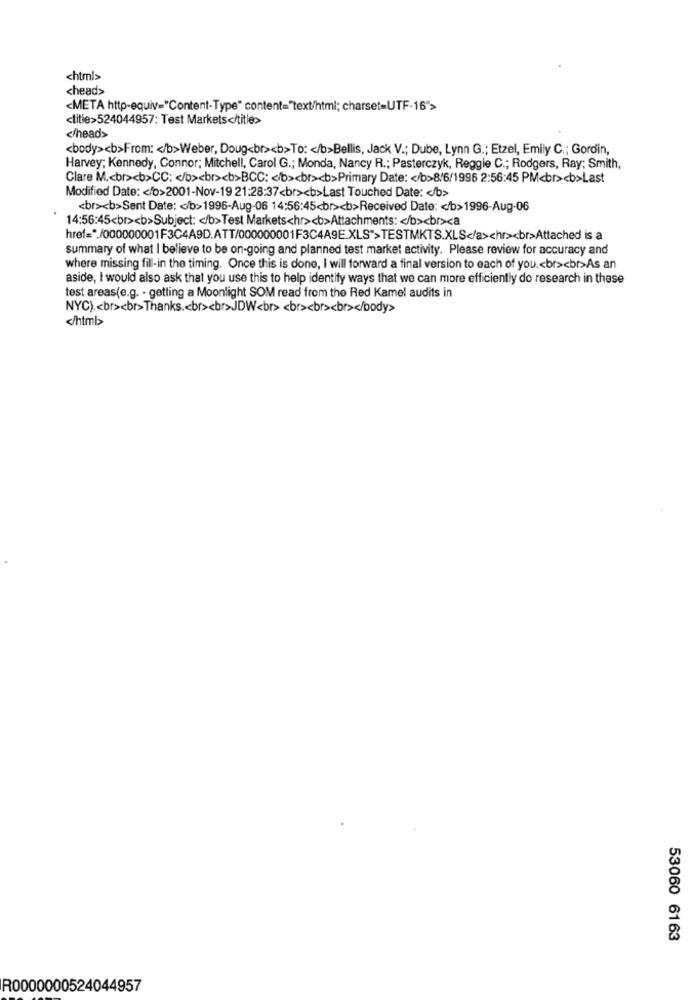
<html>
<head>
<META http-equiv="Content-Type" content="text/html; charset=UTF-16">
<title>524044957: Test Markets</title>
</head>
<body><b>From: < /b>Weber, Doug<br><b>To: < /b>Bellis, Jack V .; Dube, Lynn G .; Etzel, Emily C .; Gordin,
Harvey; Kennedy, Connor; Mitchell, Carol G .; Monda, Nancy R .; Pasterczyk, Reggie C .; Rodgers, Ray; Smith,
Clare M .< br><b>CC: < /b><br><b>BCC: < /b><br><b>Primary Date: < /b>8/6/1996 2:56:45 PM<br><b>Last
Modified Date: < fo>2001-Nov-19 21:28:37<br><b>Last Touched Date: < /b>
<br><b>Sent Date: < b>1996-Aug-06 14:56:45<br><b>Received Date: < /b>1996-Aug-06
14:56:45<br><b>Subject: < /b>Test Markets<hr><b>Attachments: < /b><br><a
summary of what I believe to be on-going and planned test market activity. Please review for accuracy and
where missing fill-in the timing. Once this is done, I will forward a final version to each of you .< br><br>As an
aside, I would also ask that you use this to help identify ways that we can more efficiently do research in these
test areas(e.g. - getting a Moonlight SOM read from the Red Kamel audits in
NYC) .< br><br>Thanks .< br><br>JDW<br> <br><br><br></body>
</htmb>
53060 6163
R0000000524044957